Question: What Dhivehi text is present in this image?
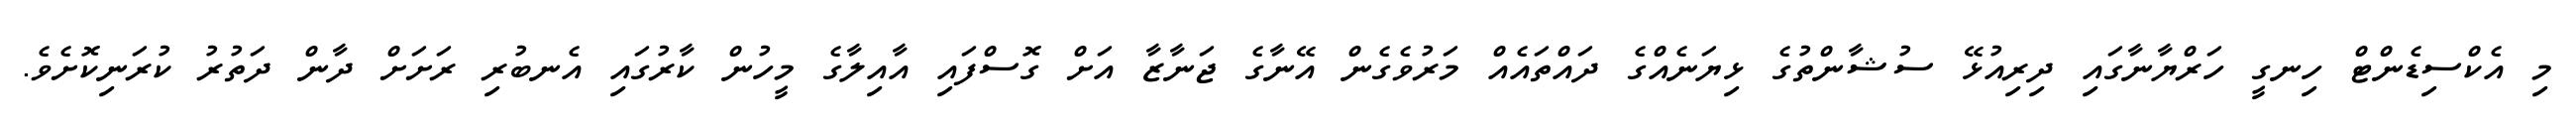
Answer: މި އެކްސިޑެންޓް ހިނގީ ހަރްޔާނާގައި ދިރިއުޅޭ ސުޝާންތުގެ ޅިޔަނެއްގެ ދައްތައެއް މަރުވެގެން އޭނާގެ ޖަނާޒާ އަށް ގޮސްފައި އާއިލާގެ މީހުން ކާރުގައި އެނބުރި ރަށަށް ދާން ދަތުރު ކުރަނިކޮށެވެ.